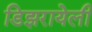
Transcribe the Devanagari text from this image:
डिझरायेली